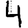
Digit: 4